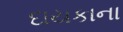
દાયકાના